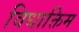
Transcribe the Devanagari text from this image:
विधाक्तिम